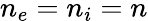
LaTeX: n_{e}=n_{i}=n